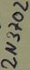
Text: 2N3702